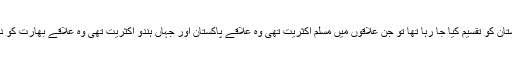
جب ہندوستان کو تقسیم کیا جا رہا تھا تو جن علاقوں میں مسلم اکثریت تھی وہ علاقے پاکستان اور جہاں ہندو اکثریت تھی وہ علاقے بھارت کو دیے گئے۔